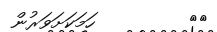
٩٢         ހަމަކަށަވަރުން